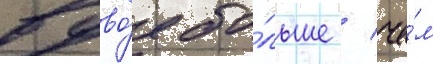
вдво́е бо́льше / че́м